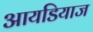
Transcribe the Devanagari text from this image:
आयडियाज